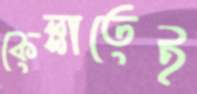
কেল্লাতেই